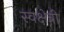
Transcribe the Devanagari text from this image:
स्वक्षेत्री